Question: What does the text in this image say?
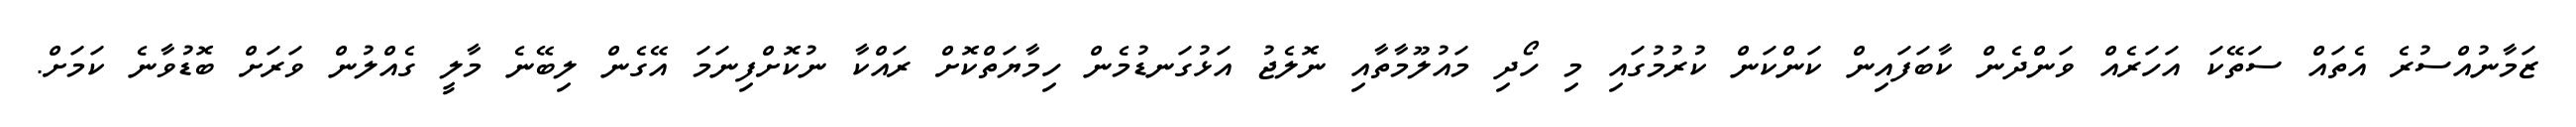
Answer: ޒަމާނުއްސުރެ އެތައް ސަތޭކަ އަހަރެއް ވަންދެން ކާބަފައިން ކަންކަން ކުރުމުގައި މި ހޯދި މައުލޫމާތާއި ނޮލެޖު އަޅުގަނޑުމެން ހިމާޔަތްކޮށް ރައްކާ ނުކޮށްފިނަމަ އޭގެން ލިބޭނެ މާލީ ގެއްލުން ވަރަށް ބޮޑުވާނެ ކަމަށް.